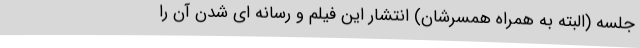
جلسه (البته به همراه همسرشان) انتشار این فیلم و رسانه ای شدن آن را